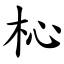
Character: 杺